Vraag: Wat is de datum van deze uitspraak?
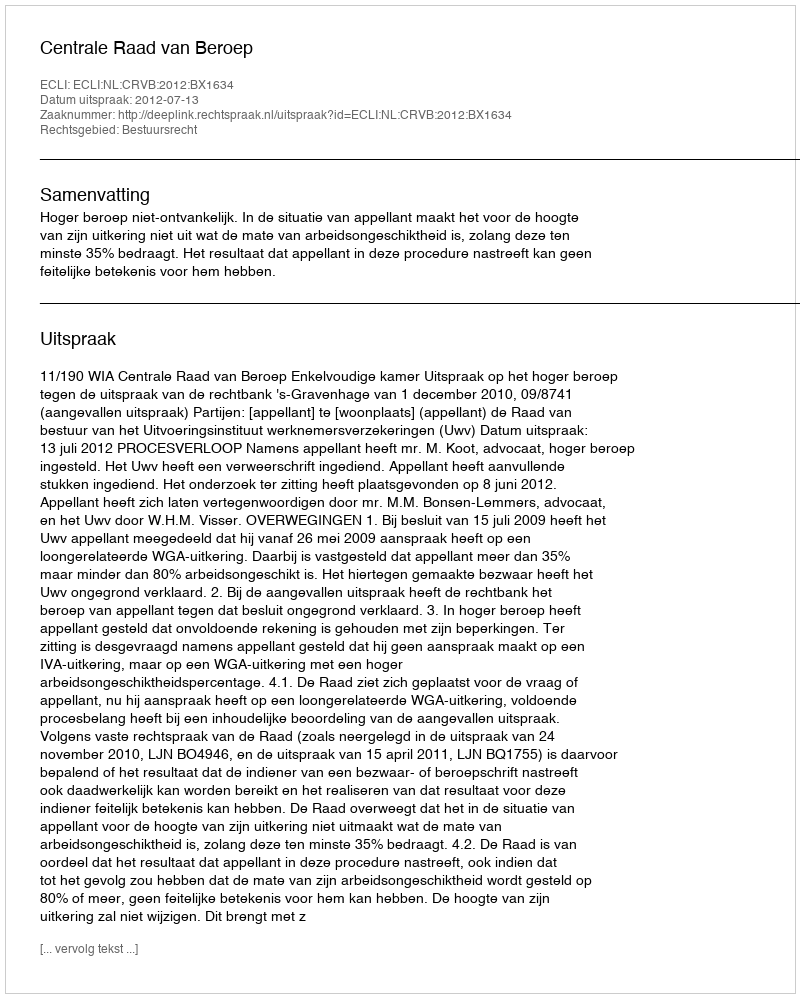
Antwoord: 2012-07-13